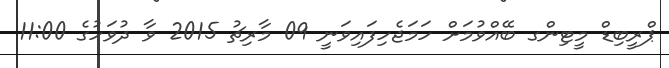
ޕްރީބިޑް މީޓިންގ ބޭއްވުމަށް ހަމަޖެހިފައިވަނީ 09 މާރިޗު 2015 ވާ ދުވަހުގެ 11:00